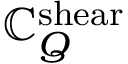
\mathbb { C } _ { Q } ^ { \mathrm { { s h e a r } } }